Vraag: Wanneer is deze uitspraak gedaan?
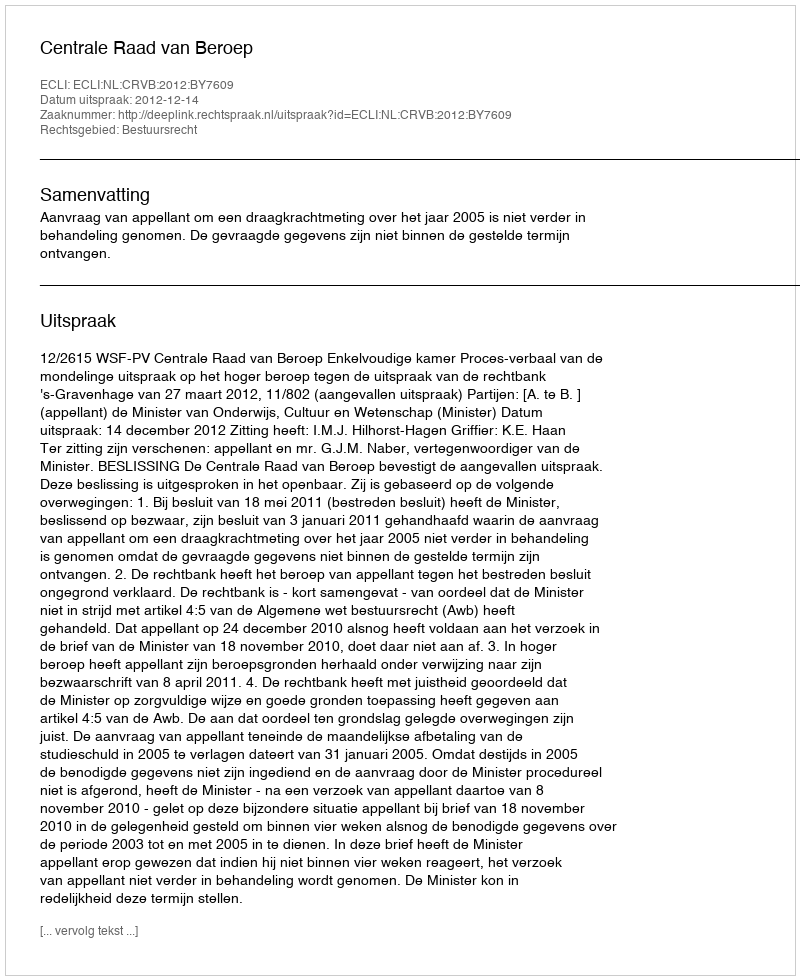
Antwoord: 2012-12-14